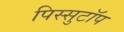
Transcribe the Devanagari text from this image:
पिस्सुटॉप